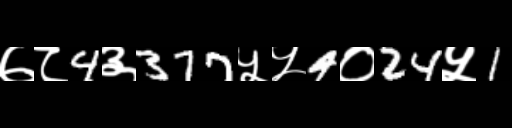
Text: ७८4३377५५4०24५1